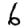
Digit: 6